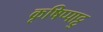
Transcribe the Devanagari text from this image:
कृषिप्पाट्टु